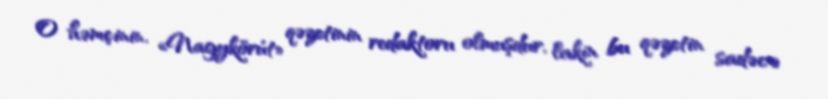
O həmçinin, «Nagykörút» qəzetinin redaktoru olmuşdur, lakin bu qəzetin sadəcə